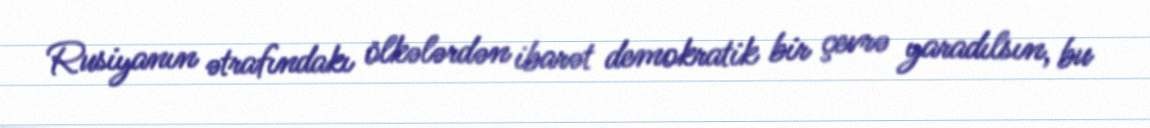
Rusiyanın ətrafındakı ölkələrdən ibarət demokratik bir çevrə yaradılsın, bu